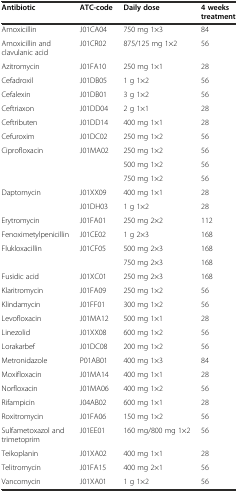
<table><thead><tr><td><b>Antibiotic</b></td><td><b>ATC-code</b></td><td><b>Daily dose</b></td><td><b>4 weeks treatment</b></td></tr></thead><tbody><tr><td>Amoxicillin</td><td>J01CA04</td><td>750 mg 1×3</td><td>84</td></tr><tr><td>Amoxicillin and clavulanic acid</td><td>J01CR02</td><td>875/125 mg 1×2</td><td>56</td></tr><tr><td>Azitromycin</td><td>J01FA10</td><td>250 mg 1×1</td><td>28</td></tr><tr><td>Cefadroxil</td><td>J01DB05</td><td>1 g 1×2</td><td>56</td></tr><tr><td>Cefalexin</td><td>J01DB01</td><td>3 g 1×2</td><td>56</td></tr><tr><td>Ceftriaxon</td><td>J01DD04</td><td>2 g 1×1</td><td>28</td></tr><tr><td>Ceftributen</td><td>J01DD14</td><td>400 mg 1×1</td><td>28</td></tr><tr><td>Cefuroxim</td><td>J01DC02</td><td>250 mg 1×2</td><td>56</td></tr><tr><td>Ciprofloxacin</td><td>J01MA02</td><td>250 mg 1×2</td><td>56</td></tr><tr><td></td><td></td><td>500 mg 1×2</td><td>56</td></tr><tr><td></td><td></td><td>750 mg 1×2</td><td>56</td></tr><tr><td>Daptomycin</td><td>J01XX09</td><td>400 mg 1×1</td><td>28</td></tr><tr><td></td><td>J01DH03</td><td>1 g 1×2</td><td>28</td></tr><tr><td>Erytromycin</td><td>J01FA01</td><td>250 mg 2×2</td><td>112</td></tr><tr><td>Fenoximetylpenicillin</td><td>J01CE02</td><td>1 g 2×3</td><td>168</td></tr><tr><td>Flukloxacillin</td><td>J01CF05</td><td>500 mg 2×3</td><td>168</td></tr><tr><td></td><td></td><td>750 mg 2×3</td><td>168</td></tr><tr><td>Fusidic acid</td><td>J01XC01</td><td>250 mg 2×3</td><td>168</td></tr><tr><td>Klaritromycin</td><td>J01FA09</td><td>250 mg 1×2</td><td>56</td></tr><tr><td>Klindamycin</td><td>J01FF01</td><td>300 mg 1×2</td><td>56</td></tr><tr><td>Levofloxacin</td><td>J01MA12</td><td>500 mg 1×1</td><td>28</td></tr><tr><td>Linezolid</td><td>J01XX08</td><td>600 mg 1×2</td><td>56</td></tr><tr><td>Lorakarbef</td><td>J01DC08</td><td>200 mg 1×2</td><td>56</td></tr><tr><td>Metronidazole</td><td>P01AB01</td><td>400 mg 1×3</td><td>84</td></tr><tr><td>Moxifloxacin</td><td>J01MA14</td><td>400 mg 1×1</td><td>28</td></tr><tr><td>Norfloxacin</td><td>J01MA06</td><td>400 mg 1×2</td><td>56</td></tr><tr><td>Rifampicin</td><td>J04AB02</td><td>600 mg 1×1</td><td>28</td></tr><tr><td>Roxitromycin</td><td>J01FA06</td><td>150 mg 1×2</td><td>56</td></tr><tr><td>Sulfametoxazol and trimetoprim</td><td>J01EE01</td><td>160 mg/800 mg 1×2</td><td>56</td></tr><tr><td>Teikoplanin</td><td>J01XA02</td><td>400 mg 1×1</td><td>28</td></tr><tr><td>Telitromycin</td><td>J01FA15</td><td>400 mg 2×1</td><td>56</td></tr><tr><td>Vancomycin</td><td>J01XA01</td><td>1 g 1×2</td><td>56</td></tr></tbody></table>